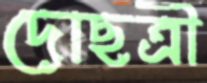
দোছত্রী